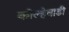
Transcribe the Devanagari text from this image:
कोल्हेवाडी